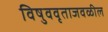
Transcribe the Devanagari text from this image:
विषुववृताजवळील